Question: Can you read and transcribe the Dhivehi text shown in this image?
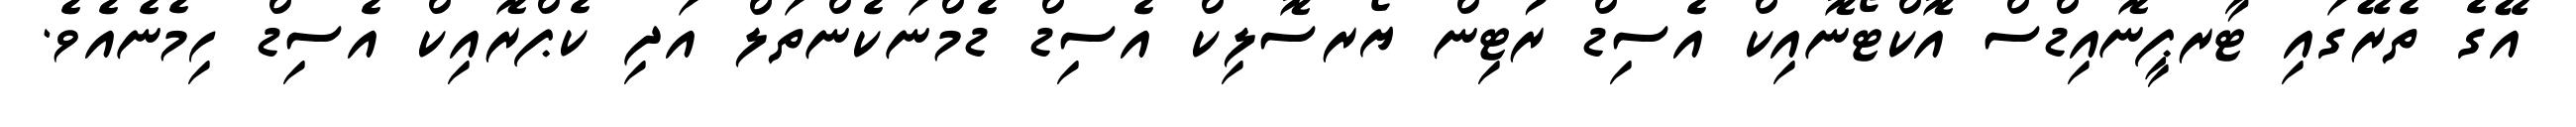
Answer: އޭގެ ތެރޭގައި ޓާރޕީނޮއިޑްސް އޮކްޓޯނޮއިކް އެސިޑް ރުޓިން ޔޯރސޮލިކް އެސިޑް ޑެމްނަކެންތަލް އަދި ކެޕްރޮއިކް އެސިޑް ހިމެނެއެވެ.